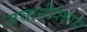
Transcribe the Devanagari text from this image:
जवानीपेक्षाही